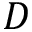
D